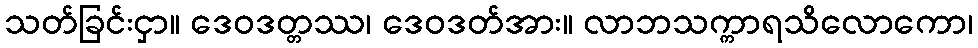
သတ်ခြင်းငှာ။ ဒေဝဒတ္တဿ၊ ဒေဝဒတ်အား။ လာဘသက္ကာရသိလောကော၊